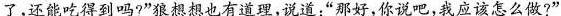
了，还能吃得到吗?”狼想想也有道理，说道：”那好，你说吧，我应该怎么做?”